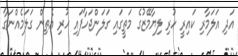
އަދި އަލަމާރި ކައިރީ ހުރި ލިޔާމޭޒުގެ މަތީގައި ގަލަންޖަހާފައި ހުރި އެތިން ގަލަމެއްނަގާ